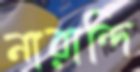
নারান্দি